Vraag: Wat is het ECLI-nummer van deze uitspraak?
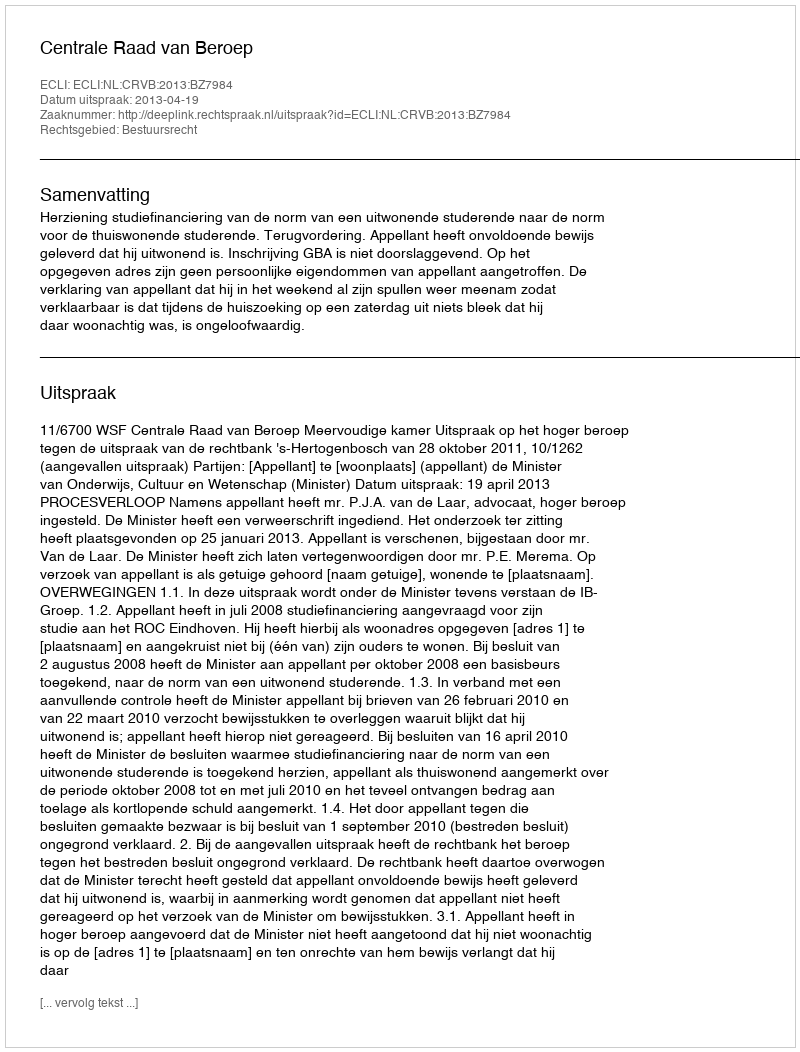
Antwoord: ECLI:NL:CRVB:2013:BZ7984